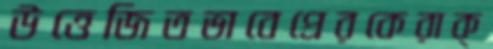
উত্তেজিতভাবেপ্রেরকেরাক্